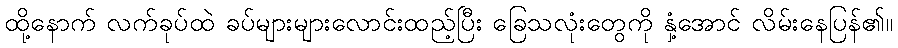
ထို့နောက် လက်ခုပ်ထဲ ခပ်များများလောင်းထည့်ပြီး ခြေသလုံးတွေကို နှံ့အောင် လိမ်းနေပြန်၏။